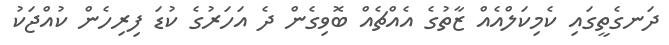
ދަނގެތީގައި ކެމިކަލްއެއް ޒާތުގެ އެއްޗެއް ބޮވިގެން ދެ އަހަރުގެ ކުޑަ ފިރިހެން ކުއްޖަކު